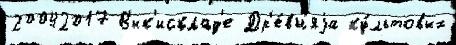
20042017 В'ик'исклад'е Др'е́вн'яjа ку́льтовых